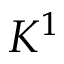
K ^ { 1 }